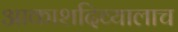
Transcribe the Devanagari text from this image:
आकाशदिव्यालाच